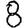
Digit: 8